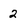
Character: 2